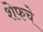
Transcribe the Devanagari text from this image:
शेफचे